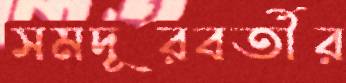
সমদূরবর্তীর